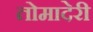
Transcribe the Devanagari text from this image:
तोमादेरी